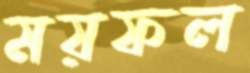
ময়ফল